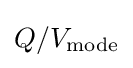
Q/V_{\text{mode}}